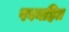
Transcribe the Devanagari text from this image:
पवनहित